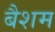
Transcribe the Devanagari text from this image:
बैशम